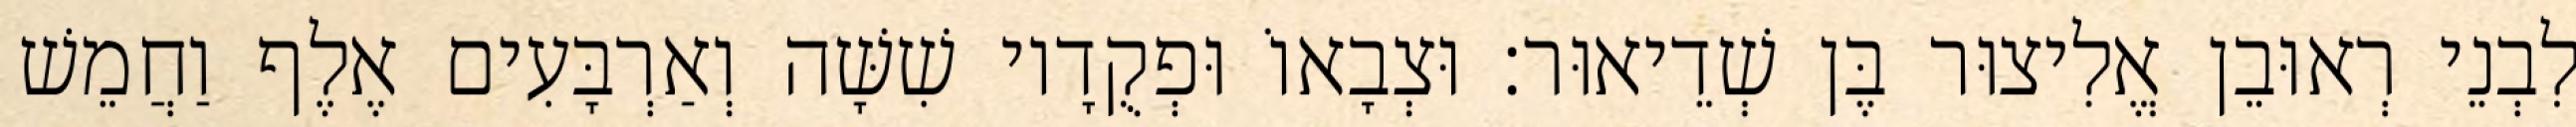
לִבְנֵי רְאוּבֵן אֱלִיצוּר בֶּן שְׁדֵיאוּר׃ וּצְבָאוֹ וּפְקֻדָיו שִׁשָּׁה וְאַרְבָּעִים אֶלֶף וַחֲמֵשׁ